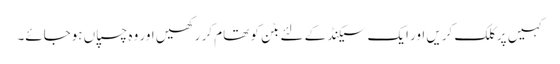
کہیں پر کلک کریں اور ایک سیکنڈ کے لئے بٹن کو تھام کر رکھیں اور وہ چسپاں ہوجائے۔